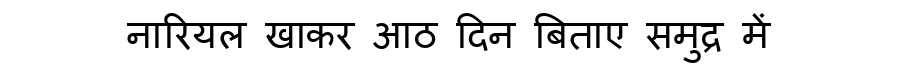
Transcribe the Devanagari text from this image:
नारियल खाकर आठ दिन बिताए समुद्र में